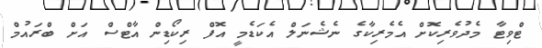
ޓްވިޓާ މެދުވެރިކޮށް އެމެރިކާގެ ނެޝެނަލް އެކަޑެމީ އޮފް ރިކޯޑިން އާޓްސް އަށް ބްރައުމް